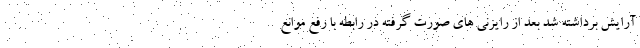
آرایش برداشته شد بعد از رایزنی های صورت گرفته در رابطه با رفع موانع